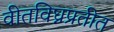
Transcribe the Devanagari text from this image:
वीतविघ्नप्रतीत